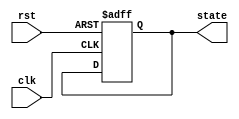
module default_state_initialization (
    input wire clk,           // Clock signal
    input wire rst,           // Reset signal (active-high)
    output reg [3:0] state   // Example state output (4-bit)
);

// Internal state registers
reg [3:0] init_state = 4'b0000; // Default initialization value for state

// State assignment on reset
always @(posedge clk or posedge rst) begin
    if (rst) begin
        // Initialize state registers to predefined values upon reset
        state <= init_state; // Assign default state values
    end else begin
        // Normal operational behavior (this part can be expanded as needed)
        // For the purpose of this example, we will just retain the state
        // In actual design, add the operational logic here
        state <= state; // Maintain current state
    end
end

endmodule